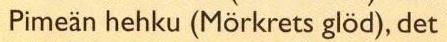
Pimeän hehku (Mörkrets glöd), det